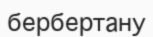
бербертану